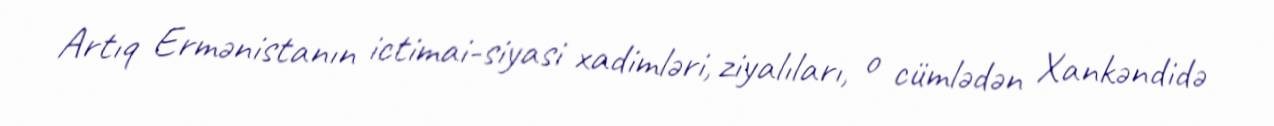
Artıq Ermənistanın ictimai-siyasi xadimləri, ziyalıları, o cümlədən Xankəndidə